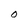
Character: O